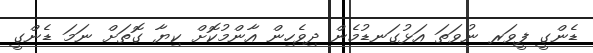
ޑެންގީ ފީވަރ ނުވަތަ އަޅުގަނޑުމެން ދިވެހިން އާންމުކޮށް ކިޔާ ގޮތަށް ނަމަ ޑެންގީ